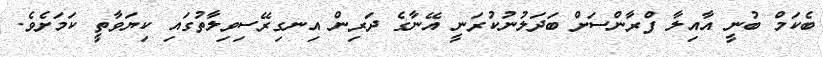
ބެކަމް ބުނީ އާއިލާ ފްރާންސަށް ބަދަލުނުކުރަނީ އޭނާގެ ދަރިން އިނގިރޭސިވިލާތުގައި ކިޔަވާތީ ކަމަށެވެ.